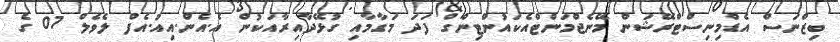
ބިޒްނަސް އެޑްމިނިސްޓްރޭޝަން މޭނެޖްމަންޓްއެކައުންޓިންގް ފަދަ މަގާމާއި ގުޅޭދާއިރާއަކުން އެ.އެން.އިއު.އެފް ލެވެލް 07 ގެ